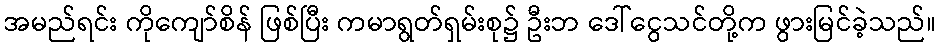
အမည်ရင်း ကိုကျော်စိန် ဖြစ်ပြီး ကမာရွတ်ရှမ်းစု၌ ဦးဘ ဒေါ်ငွေသင်တို့က ဖွားမြင်ခဲ့သည်။